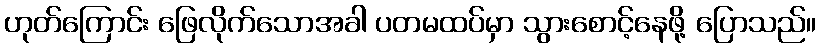
ဟုတ်ကြောင်း ဖြေလိုက်သောအခါ ပတမထပ်မှာ သွားစောင့်နေဖို့ ပြောသည်။